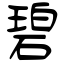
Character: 碧